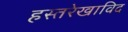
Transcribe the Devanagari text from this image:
हस्तरेखाविद